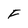
Character: F